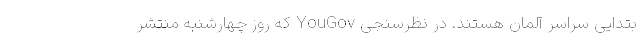
بتدایی سراسر آلمان هستند. در نظرسنجی YouGov که روز چهارشنبه منتشر